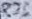
Text: R35